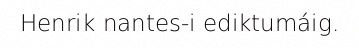
Henrik nantes-i ediktumáig.